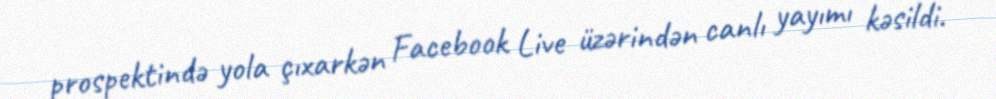
prospektində yola çıxarkən Facebook Live üzərindən canlı yayımı kəsildi.